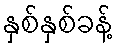
နှစ်နှစ်ခန့်